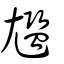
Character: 尷